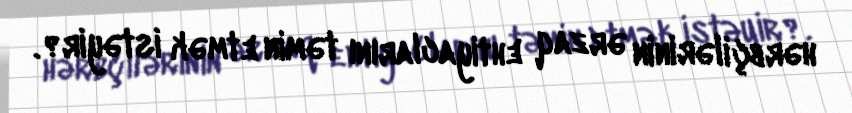
hərbçilərinin ərzaq ehtiyaclarını təmin etmək istəyir?.